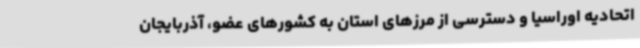
اتحادیه اوراسیا و دسترسی از مرزهای استان به کشورهای عضو، آذربایجان